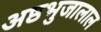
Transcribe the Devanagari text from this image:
अष्ठभुजालाल